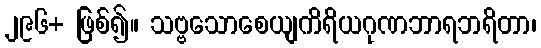
၂၉၆+ ဖြစ်၍။ သဗ္ဗသောစေယျကိရိယဂုဏဘာရဘရိတာ၊